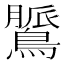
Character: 𪃻